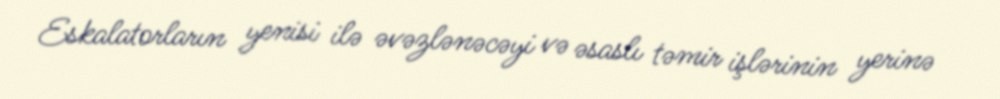
Eskalatorların yenisi ilə əvəzlənəcəyi və əsaslı təmir işlərinin yerinə